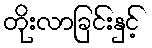
တိုးလာခြင်းနှင့်